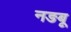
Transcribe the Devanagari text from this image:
नङबू